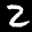
Label: 2